Annual report on the Civil Veterinary Department, Burma (including the Insein Veterinary School) - 1932-1941
Year: 1932
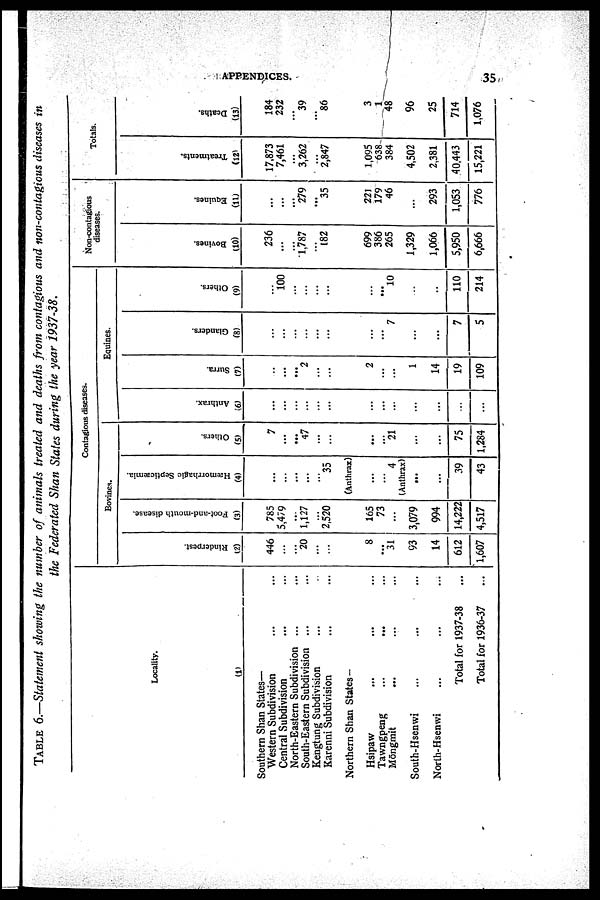
APPENDICES.
35
TABLE 6.—Statement showing the number of animals treated and deaths from contagious and non-contagious
diseases in
the Federated Shan States during the year
1937-38.
Locality.
(1)
Southern Shan States-
Western Subdivision ... ...
Central Subdivision ... ...
North-Eastern Subdivision ... ...
South-Eastern Subdivision ... ...
Kengtung Subdivision ... ...
Karenni Subdivision ... ...
Northern Shan States--
Hsipaw ... ... ...
Tawngpeng ... ... ...
Mōngmit
... ... ...
South-Hsenwi ... ... ...
North-Hsenwi ... ... ...
Total for 1937-38 ...
Total for 1936-37 ...
Contagious diseases.
Bovines.
Rinderpest.
(2)
446
...
...
20
...
...
8
...
31
93
14
612
1,607
Foot-and-mouth disease.
(3)
785
5,479
...
1,127
...
2,520
165
73
...
3,079
994
14,222
4,517
Hæmorrhagic Septicæmia.
(4)
...
...
...
...
...
35
(Anthrax)
...
...
4
(Anthrax)
...
...
39
43
Others.
(5)
7
...
...
47
...
...
...
...
21
...
...
75
1,284
Equines.
Anthrax.
1
(6)
...
...
...
...
...
...
...
...
...
...
...
...
...
Surra.
(7)
...
...
...
2
...
...
2
...
...
1
14
19
109
Glanders.
(8)
...
...
...
...
...
...
...
...
7
...
...
7
5
Others.
(9)
...
100
...
...
...
...
...
...
10
...
..
110
214
Non-contagious
diseases.
Bovines.
(10)
236
...
...
1,787
...
182
699
386
265
1,329
1,066
5,950
6,666
Equines.
(11)
...
...
...
279
...
35
221
179
46
...
293
1,053
776
Totals.
Treatments.
(12)
17,873
7,461
...
3,262
...
2,847
1,095
638
384
4,502
2,381
40,443
15,221
Deaths.
(13)
184
232
...
39
...
86
3
1
48
96
25
714
1,076